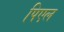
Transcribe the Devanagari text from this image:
पिएल